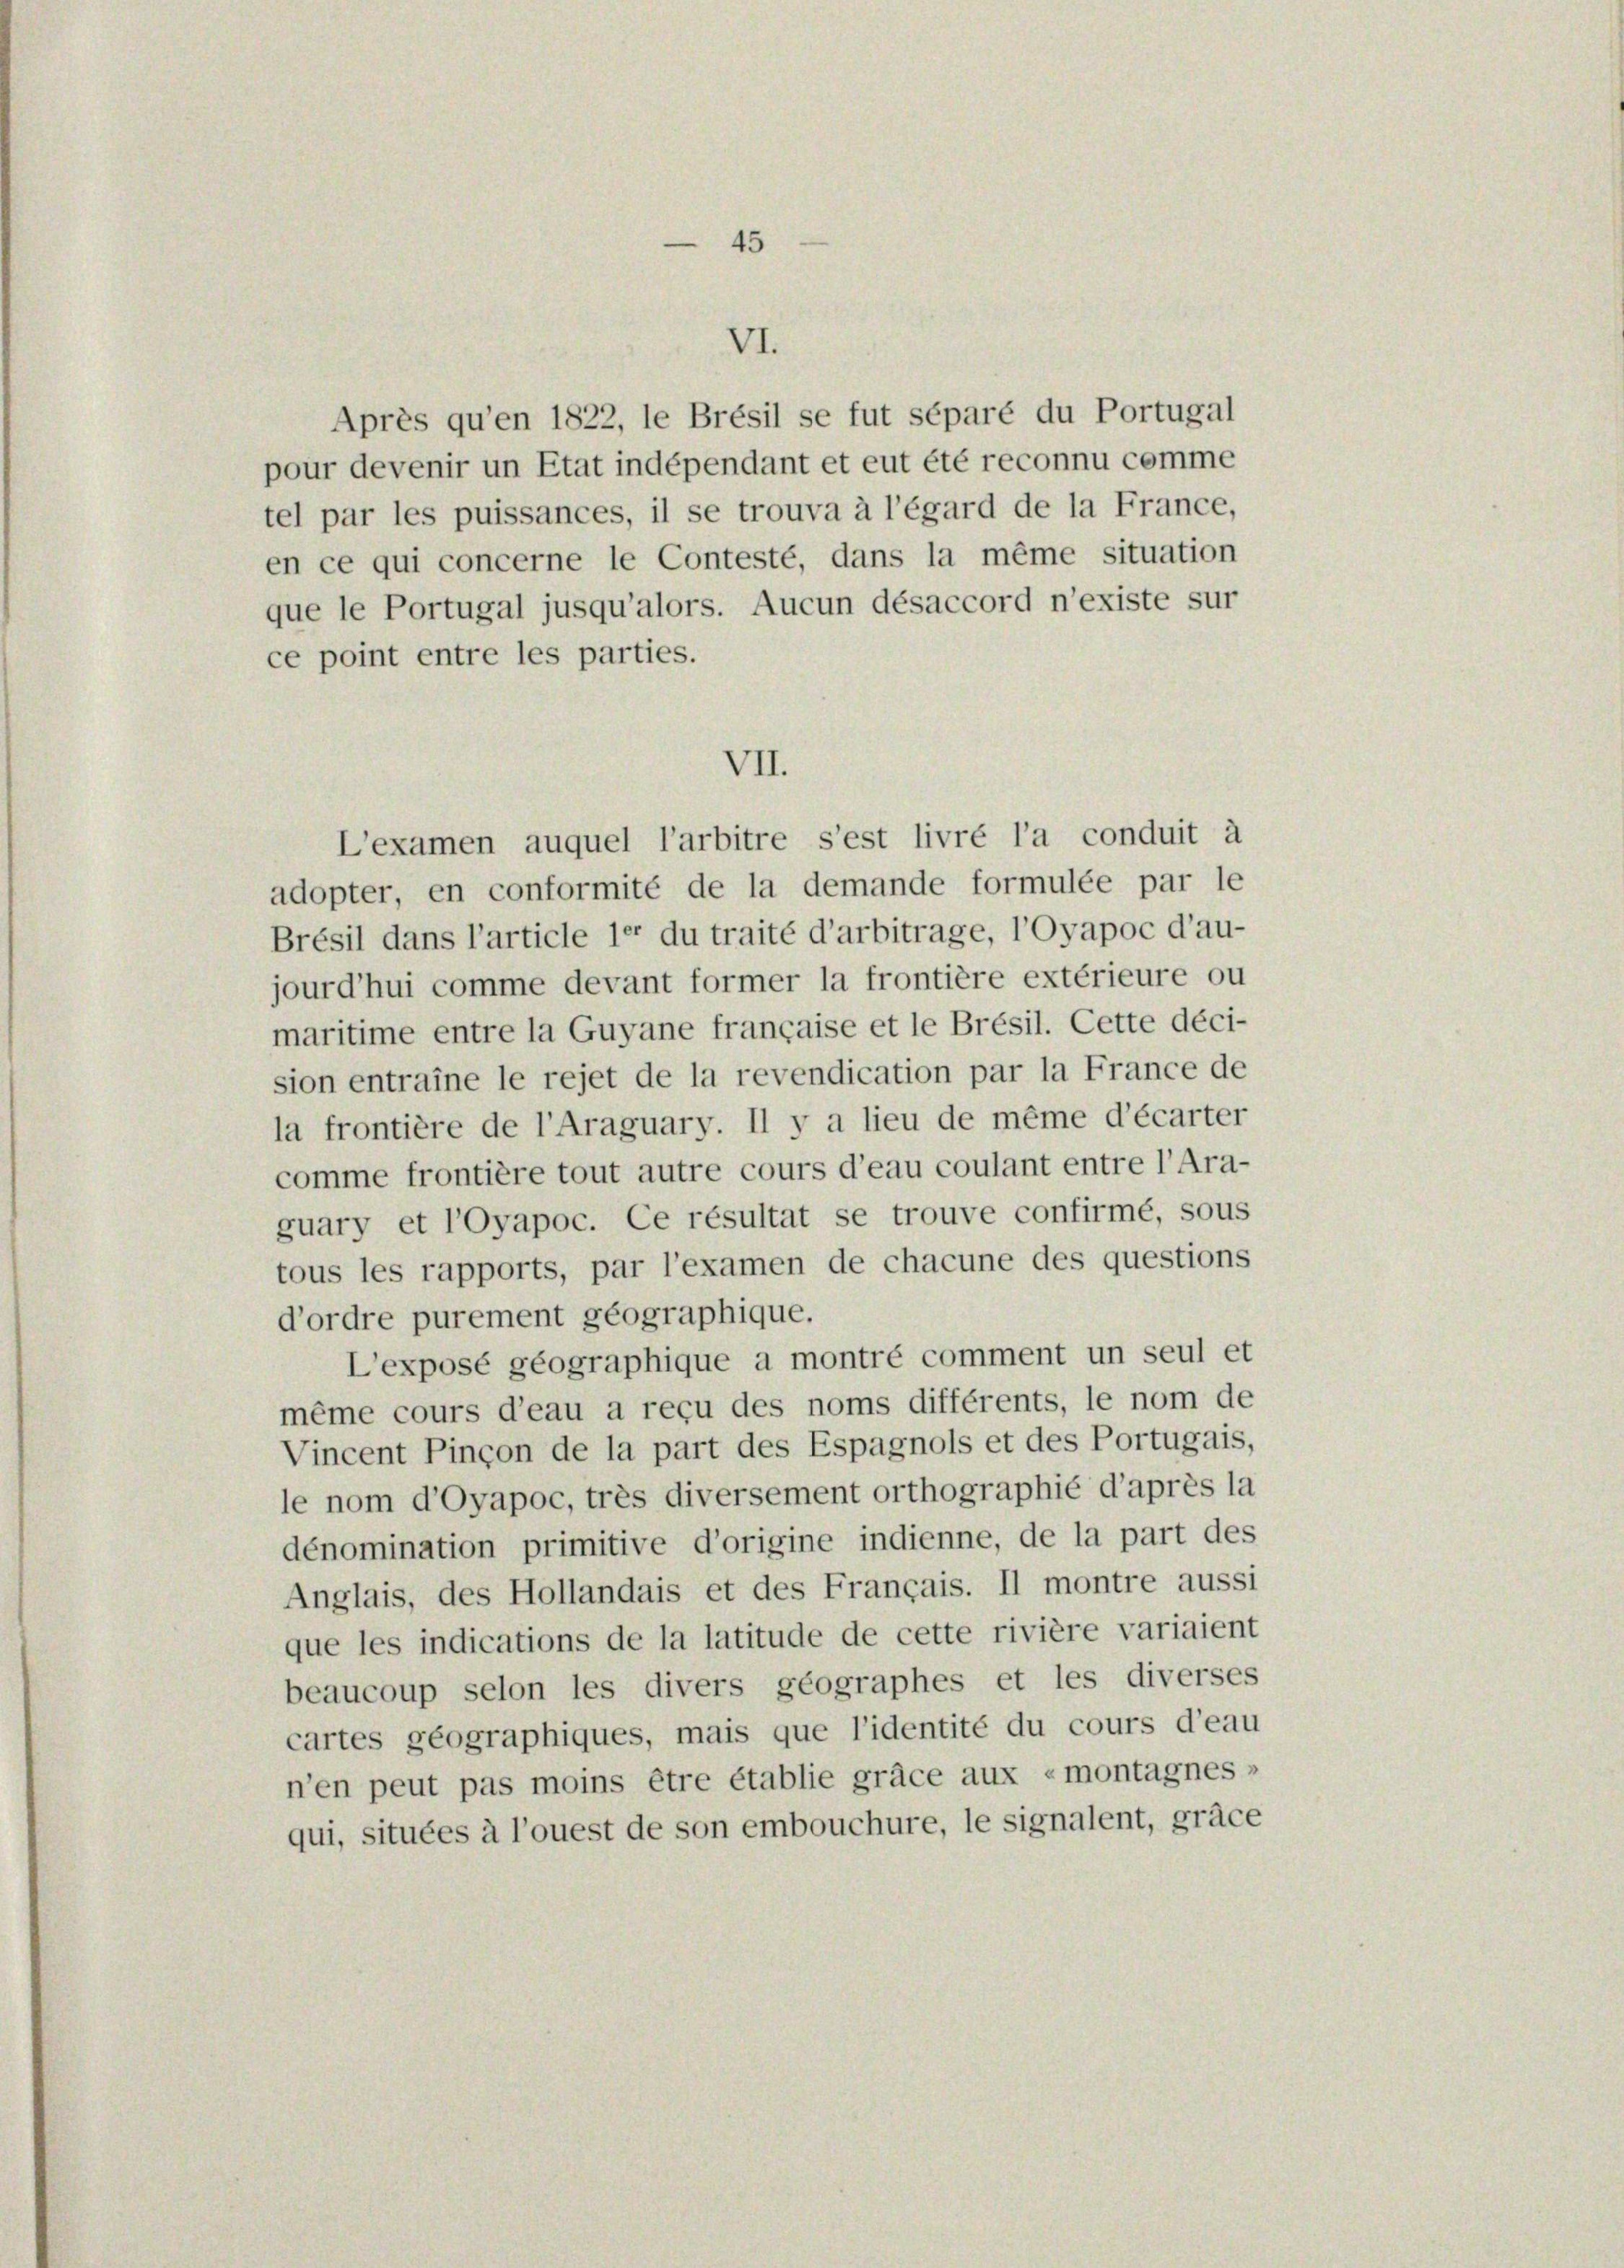
45

VII.
L’examen auquel l’arbitre s’est livré l’a conduit à

VI.

Après qu’en 1822, le Brésil se fut séparé du Portugal
pour devenir un Etat indépendant et eut été reconnu comme
tel par les puissances, il se trouva à l’égard de la France,
en ce qui concerne le Contesté, dans la même situation
que le Portugal jusqu’alors. Aucun désaccord n’existe sur
ce point entre les parties.

adopter, en conformité de la demande formulée par le
Brésil dans l’article 1er du traité d’arbitrage, l’Oyapoc d’au-
jourd’hui comme devant former la frontière extérieure ou
maritime entre la Guyane française et le Brésil. Cette déci-
sion entraine le rejet de la revendication par la France de
la frontière de l’Araguary. Il y a lieu de même d’écarter
comme frontière tout autre cours d’eau coulant entre l’Ara-
guary et l’Oyapoc. Ce résultat se trouve confirmé, sous
tous les rapports, par l’examen de chacune des questions
d’ordre purement geographique.
L’exposé geographique a montré comment un seul et
même cours d’eau a reçu des noms différents, le nom de
Vincent Pinçon de la part des Espagnols et des Portugais,
le nom d’Oyapoc, très diversement orthographié d’après la
dénomination primitive d’origine indienne, de la part des
Anglais, des Hollandais et des Français. Il montre aussi
que les indications de la latitude de cette rivière variaient
beaucoup selon les divers geographes et les diverses
cartes geographiques, mais que l’identité du cours d’eau
n’en peut pas moins être établie gräce aux «montagnes»
qui, situées à l’ouest de son embouchure, le signalent, gräce